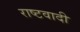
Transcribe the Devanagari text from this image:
राष्टवादी